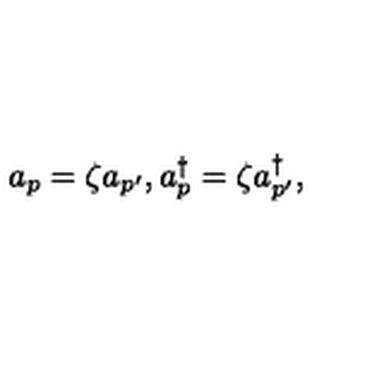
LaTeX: a _ { p } = \zeta a _ { p ^ { \prime } } , a _ { p } ^ { \dagger } = \zeta a _ { p ^ { \prime } } ^ { \dagger } ,